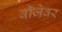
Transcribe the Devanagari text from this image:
वीजेवर